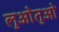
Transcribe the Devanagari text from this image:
लुओतुओ